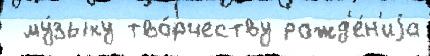
 му́зыку тво́рчеству рожд'е́н'иjа